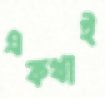
একথাই